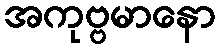
အကုဗ္ဗမာနော